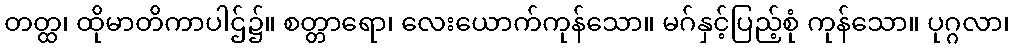
တတ္ထ၊ ထိုမာတိကာပါဌ်၌။ စတ္တာရော၊ လေးယောက်ကုန်သော။ မဂ်နှင့်ပြည့်စုံ ကုန်သော။ ပုဂ္ဂလာ၊